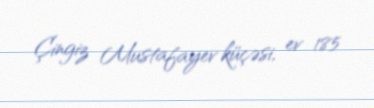
Çingiz Mustafayev küçəsi, ev 185